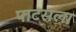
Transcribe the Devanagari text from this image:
पाटसला